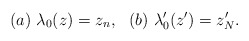
\begin{align*}(a)\ \lambda_0(z)=z_n, \ \ (b)\ \lambda'_0 (z') = z'_N.\end{align*}